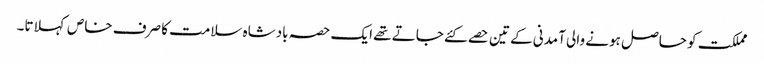
مملکت کو حاصل ہونے والی آمدنی کے تین حصے کئے جاتے تھے ایک حصہ بادشاہ سلامت کا صرف خاص کہلاتا۔